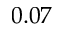
0 . 0 7